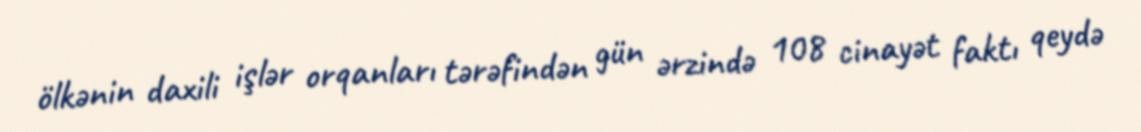
ölkənin daxili işlər orqanları tərəfindən gün ərzində 108 cinayət faktı qeydə